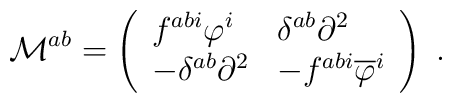
\mathcal{M}^{ab}=\left( \begin{array}{ll}f^{abi}\varphi ^{i} & \delta ^{ab}\partial ^{2} \\ -\delta ^{ab}\partial ^{2} & -f^{abi}\overline{\varphi }^{i}\end{array}\right) \;.